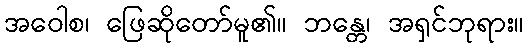
အဝေါစ၊ ဖြေဆိုတော်မူ၏။ ဘန္တေ၊ အရှင်ဘုရား။